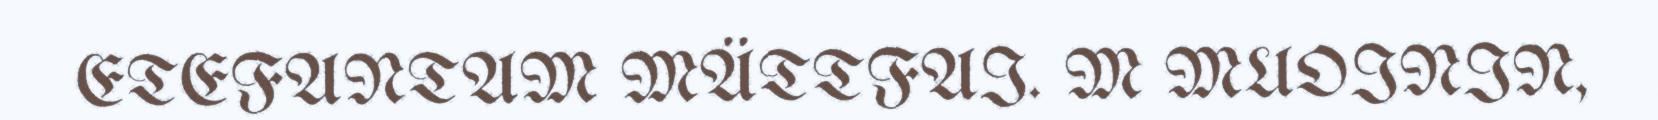
ETEFANTAM MÄTTFAI. M MUOININ,